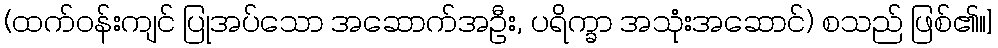
(ထက်ဝန်းကျင် ပြုအပ်သော အဆောက်အဦး, ပရိက္ခာ အသုံးအဆောင်) စသည် ဖြစ်၏။]